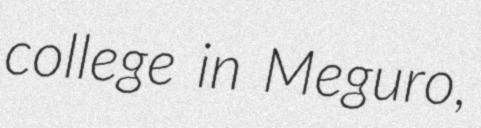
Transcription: college in Meguro,